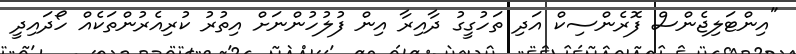
"އިންޓަލިޖެންސް ފޮރެންސިކް އަދި ތަހުގީގު ދާއިރާ އިން ފުލުހުންނަށް އިތުރު ކުރިއެރުންތަކެއް ހޯދައިދީ